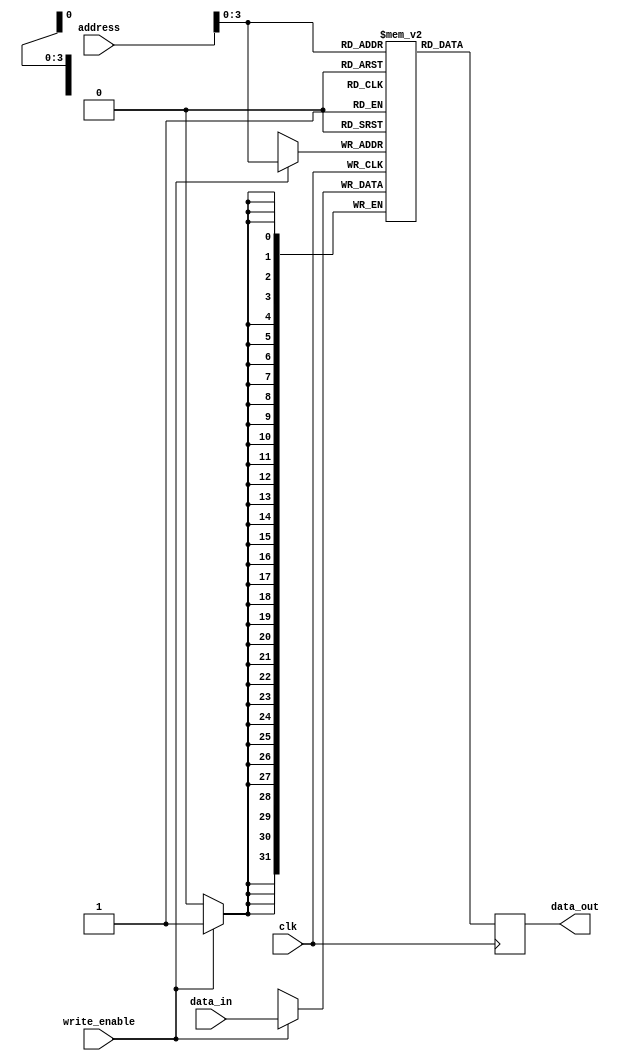
module memory(
	input clk,
	output reg [31:0] data_out,         
	input [31:0] address,
	input [31:0] data_in,
	input write_enable
);

reg [31:0] memory [0:15];

integer i;
initial begin
//	memory[0] = 32'h202A23;
//	memory[1] = 32'h00508093;
//	memory[1] =  32'h1402083; //4
//	memory[3] =  32'habcd; //12
//	memory[4] =  32'habcd; //16
//	memory[5] =  32'h4321; //20

/*	memory[0] = 'h00000317;
	memory[1] = 'h00830067;
	memory[2] = 'h02000193;
	memory[3] = 'h00508093;
	memory[4] = 'h00000113;
	memory[5] = 'h00110113;
	memory[6] = 'hfe310ae3;
	memory[7] = 'hff9ff06f;*/

/*	memory[0] = 'h00000317;
	memory[1] = 'h00830067;
	memory[2] = 'h0c800193;
	memory[3] = 'h00000213;
	memory[4] = 'h003080b3;
	memory[5] = 'hfff18193;
	memory[6] = 'hfe419ce3;
	memory[7] = 'h0000006f;*/
	
	memory[0] = 'h00000317;
	memory[1] = 'h00830067;
	memory[2] = 'h0c800193;
	memory[3] = 'h01500213;
	memory[4] = 'h00018293;
	memory[5] = 'h00108093;
	memory[6] = 'h404282b3;
	memory[7] = 'hfe42dce3;
	memory[8] = 'h0000006f;



end

always @(negedge clk) begin
	if (write_enable == 1'b1) begin
		memory[address] <= data_in;
	end
	data_out <= memory[address];
end

endmodule